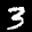
Label: 3